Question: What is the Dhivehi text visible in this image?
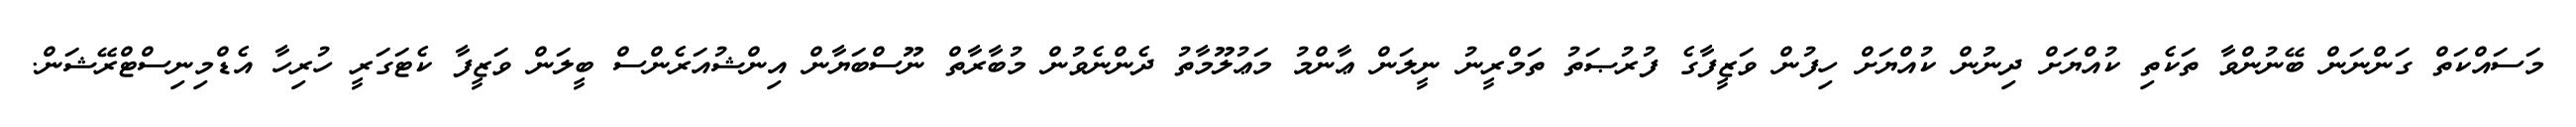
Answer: މަސައްކަތް ގަންނަން ބޭނުންވާ ތަކެތި ކުއްޔަށް ދިނުން ކުއްޔަށް ހިފުން ވަޒީފާގެ ފުރުޞަތު ތަމްރީނު ނީލަން ޢާންމު މަޢުލޫމާތު ދެންނެވުން މުބާރާތް ނޫސްބަޔާން އިންޝުއަރެންސް ބީލަން ވަޒީފާ ކެޓަގަރީ ހުރިހާ އެޑްމިނިސްޓްރޭޝަން.